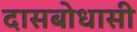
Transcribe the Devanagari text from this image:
दासबोधासी